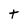
Character: t